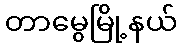
တာမွေမြို့နယ်